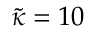
\tilde { \kappa } = 1 0